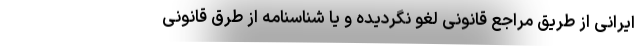
ایرانی از طریق مراجع قانونی لغو نگردیده و یا شناسنامه از طرق قانونی